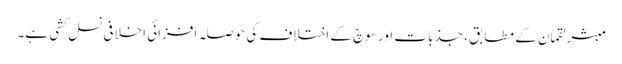
مبشر لقمان کے مطابق، جذبات اور سوچ کے اختلاف کی حوصلہ افزائی اخلافی نسل کشی ہے۔